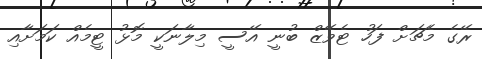
ރޭގެ މެޗަށް ފަހު ޓެވޭޒް ބުނީ އޭސީ މިލާނަކީ މޮޅު ޓީމެއް ކަމަށާއި